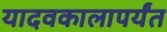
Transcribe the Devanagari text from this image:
यादवकालापर्यंत